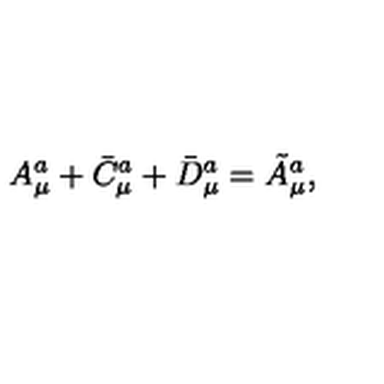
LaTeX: A _ { \mu } ^ { a } + \bar { C } _ { \mu } ^ { a } + \bar { D } _ { \mu } ^ { a } = \tilde { A } _ { \mu } ^ { a } ,